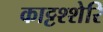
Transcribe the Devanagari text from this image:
काट्टश्शेरि